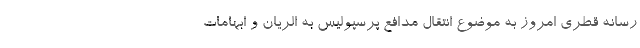
رسانه قطری امروز به موضوع انتقال مدافع پرسپولیس به الریان و ابهامات